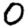
Digit: 0